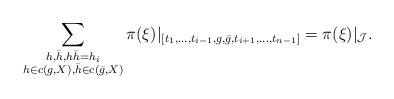
LaTeX: \begin{align*}\sum_{\substack{h,\bar{h}, h\bar{h}=h_i\\h\in c(g, X), \bar{h}\in c(\bar{g}, X)}}\pi(\xi)|_{[t_1,\ldots, t_{i-1}, g,\bar{g},t_{i+1},\ldots, t_{n-1}]}=\pi(\xi)|_{\mathcal{J}}.\end{align*}